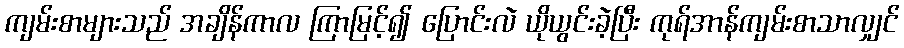
ကျမ်းစာများသည် အချိန်ကာလ ကြာမြင့်၍ ပြောင်းလဲ ယိုယွင်းခဲ့ပြီး ကုရ်အာန်ကျမ်းစာသာလျှင်